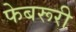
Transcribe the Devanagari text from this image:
फेबरूरी